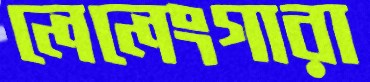
লেলেংগারা